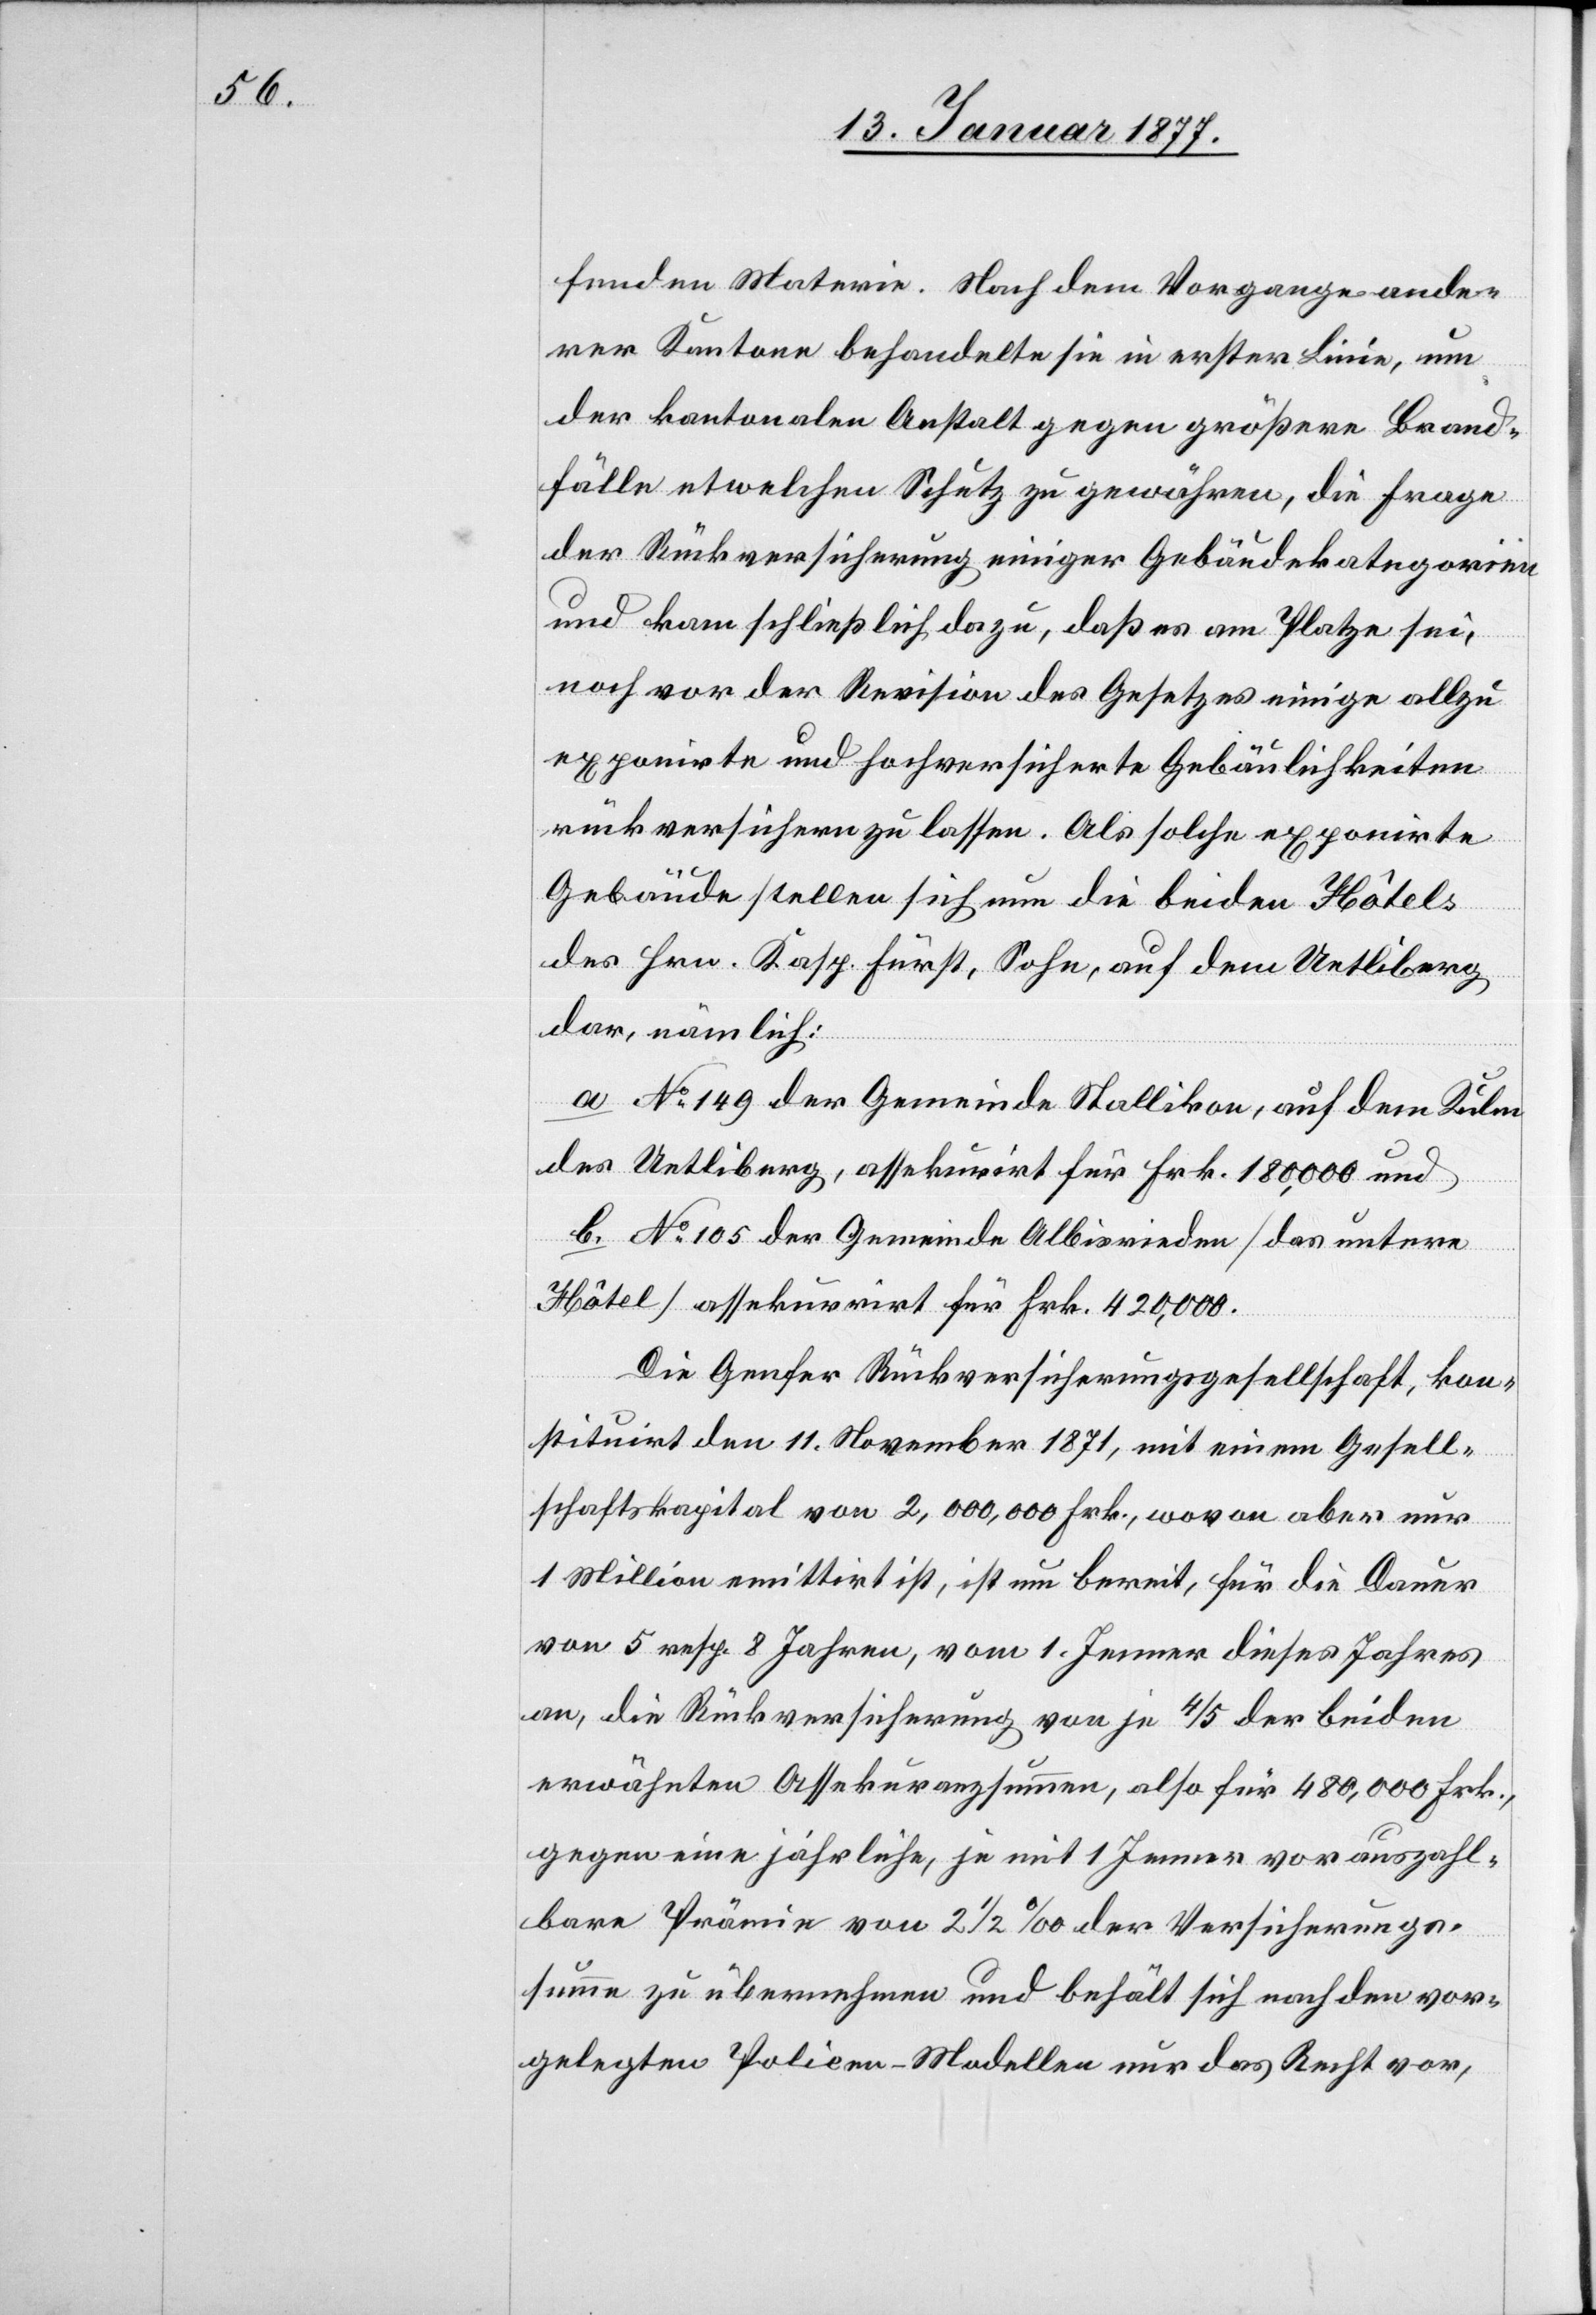
fenden Materie. Nach dem Vorgange ande¬
rer Kantone behandelt sie in erster Linie, um
der kantonalen Anstalt gegen größere Brand¬
fälle etwelchen Schutz zu gewähren, die Frage
der Rückversicherung einiger Gebäudekategorien
und kam schließlich dazu, daß es am Platze sei,
noch vor der Revision des Gesetzes einige allzu
exponirte und hochversicherte Gebäulichkeiten
rückversichern zu lassen. Als solche exponirte
Gebäude stellen sich nun die beiden Hôtel¬
s
des Hrn. Kasp. Fürst, Sohn, auf dem Uetliberg
dar, nämlich:
a. No 149 der Gemeinde Stallikon, auf dem Kulm
des Uetliberg, assekurirt für Frk. 180,000 und
b. No 105 der Gemeinde Albisrieden [das untere
Hôtel] assekurirt für Frk. 420,000.
Die Genfer Rückversicherungsgesellschaft, kon¬
stituirt den 11. November 1871, mit einem Gesell¬
schaftskapital von 2,000,000 Frk., wovon aber nur
1 Million emittirt ist, ist nun bereit, für die Dauer
von 5 resp. 8 Jahren, vom 1. Januar dieses Jahres
an, die Rückversicherung von je 4/5 der beiden
erwähnten Assekuranzsummen, also für 480,000 Frk.,
gegen eine jährliche, je mit 1 Januar vorauszahl¬
bare Prämie von 2 1/2% der Versicherungs¬
summe zu übernehmen und behält sich nach dem vor¬
gelegten Policen-Modelle nur das Recht vor,